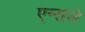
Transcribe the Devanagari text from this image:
एन्सले